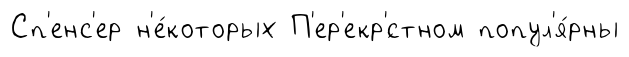
Сп'енс'ер н'е́которых П'ер'екр'́стном попул'я́рны